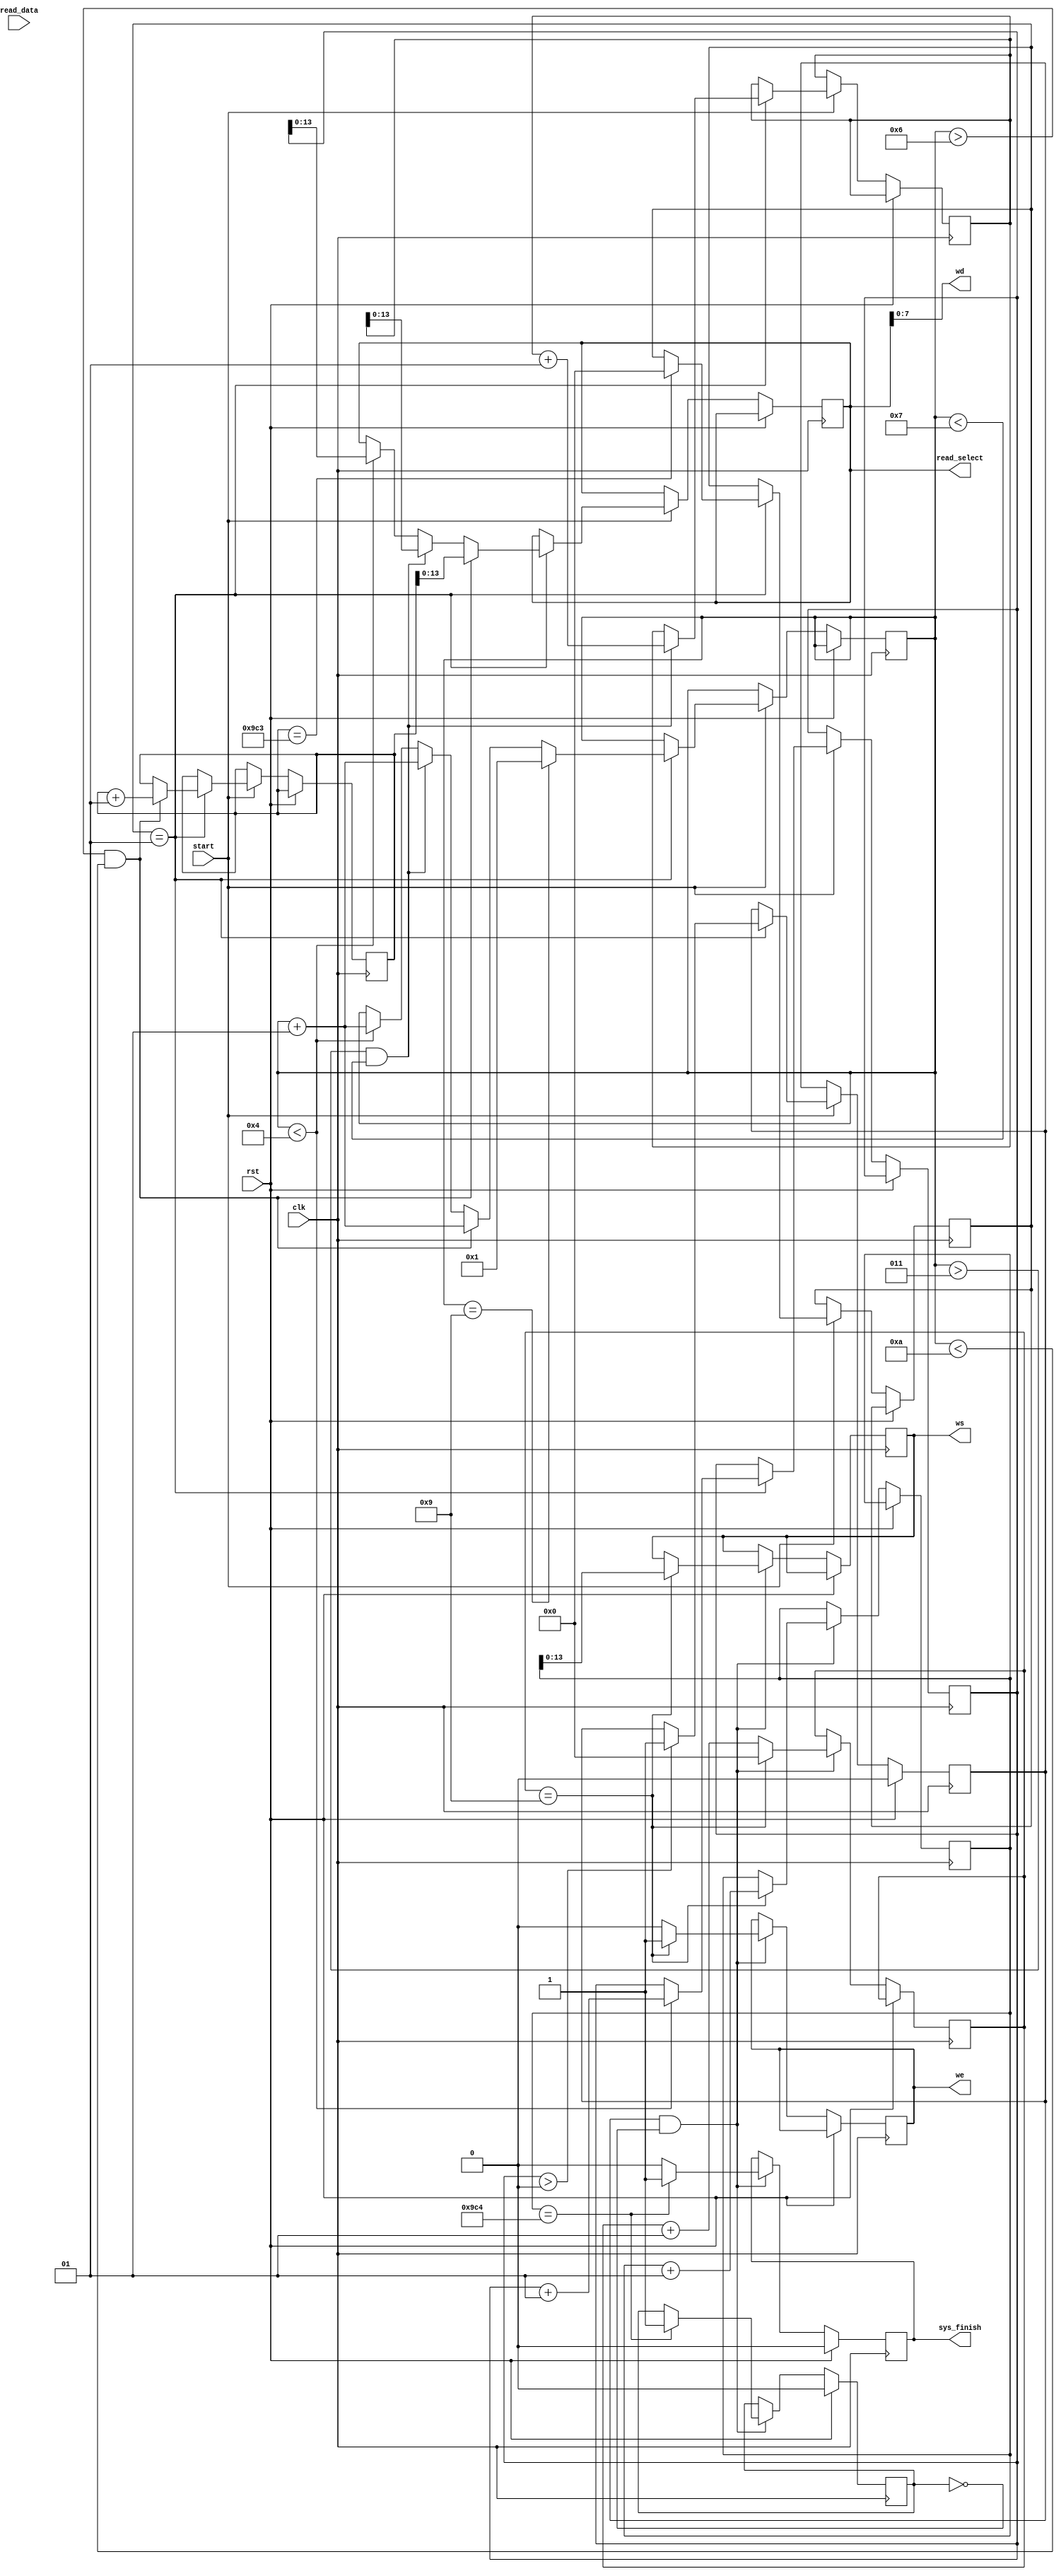
module scan(read_select, read_data, clk, start, rst, ws, we, wd, sys_finish);

input [7:0] read_data;
input clk, start, rst;
output reg [13:0] read_select, ws;
output [7:0] wd;
output reg sys_finish, we;
reg scan_start=0,stop=0;
integer i=1,k=0,l=50,m=100,flag=1, x1=0, j=0, z=0;
wire [7:0] w [8:0];
reg [15:0] y2;
wire [15:0]yyy;
reg [15:0] y1 = 0;

assign w[0] = 8'h01;
assign w[1] = 8'h02;
assign w[2] = 8'h01;
assign w[3] = 8'h02;
assign w[4] = 8'h04;
assign w[5] = 8'h02;
assign w[6] = 8'h01;
assign w[7] = 8'h02;
assign w[8] = 8'h01;

always@(posedge clk)
begin
if(rst)
	scan_start<=0;
else if(start ==1)
begin
	if(flag == 1)
	begin
		/*x1=x1+1;
		if(x1%1600==0)
		begin*/
			if(i<4)
				begin
					read_select <= k;
					k<=k+1;
					i<=i+1;
				end
			if(i>3 && i<7)
				begin
					read_select <= l;
					l <= l+1;
					i<=i+1;
				end
			if(i>6 && i<10)
				begin
					read_select <= m;
					m <= m+1;
					i<=i+1;
				end
			if(i == 9)
				i <= 1;
			if(m == 2499)
				flag = 0;
			if(k>0)
				scan_start<=1;
			end
		//end			
end
end

always@(posedge clk)
begin
		if(rst)
		begin
		sys_finish<=0;
		stop<=0;
		end
		else	
		if(scan_start ==1 && stop ==0 )
		begin
			if(z==9)
				begin
					z <= 0;
					ws<=j;
					we<=1;
					j<=j+1;
					y1<=0;
				end	
			else
				begin
					we<=0;
					z <= z+1;
					y1 <= y1 + w[z]*read_data;
				end	
				y2<=y1;
			if(j == 2500)
				begin
					sys_finish <= 1;
					stop <=1;
				end
			else 
			sys_finish <=0;
		end
end	

assign yyy = y2>>4;
assign wd= read_select;

endmodule